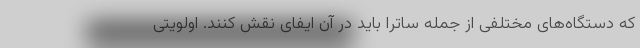
که دستگاه‌های مختلفی از جمله ساترا باید در آن ایفای نقش کنند. اولویتی